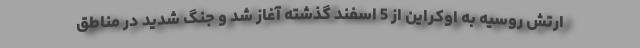
ارتش روسیه به اوکراین از 5 اسفند گذشته آغاز شد و جنگ شدید در مناطق